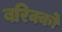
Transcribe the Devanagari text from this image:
बरिक्को